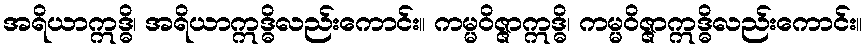
အရိယာဣဒ္ဓိ၊ အရိယာဣဒ္ဓိလည်းကောင်း။ ကမ္မဝိဇ္ဇာဣဒ္ဓိ၊ ကမ္မဝိဇ္ဇာဣဒ္ဓိလည်းကောင်း။